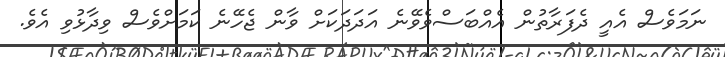
ނަމަވެސް އެއީ ދެފަރާތުން އެއްބަސްވެވޭނެ އަދަދަކަށް ވާން ޖެހޭނެ ކަމަށްވެސް ވިދާޅުވި އެވެ.